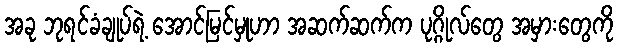
အခု ဘုရင်ခံချုပ်ရဲ့ အောင်မြင်မှုဟာ အဆက်ဆက်က ပုဂ္ဂိုလ်တွေ အမှားတွေကို